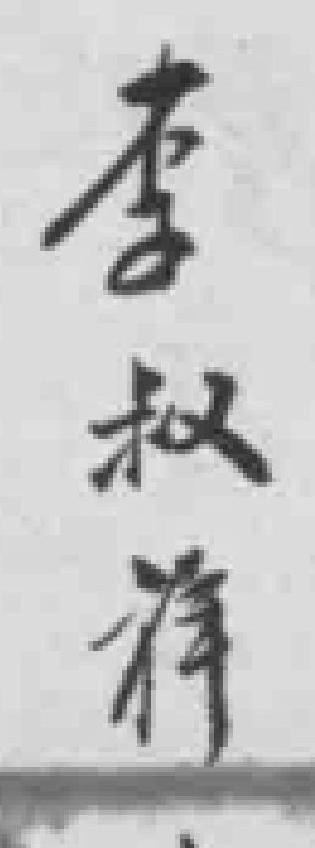
李叔祥